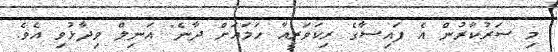
މި ސަރުކާރުން އެ ފައިސާގެ ރިކަވަރީއާ ހަމައަށް ދާނެ" އަނިލް ވިދާޅުވި އެވެ.